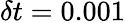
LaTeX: \delta t=0.001